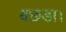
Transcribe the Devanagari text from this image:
बछडा।